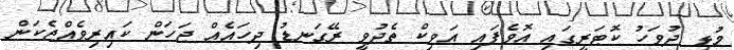
މުޅި ދުވަހު ކޮޓަރީގައި އޮވެފައި އަވިކް ތެދުވީ ރޭގަނޑު ދިހައެއް ޖަހަން ކައިރިވެއްޖެކަން